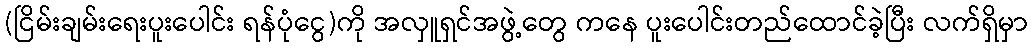
(ငြိမ်းချမ်းရေးပူးပေါင်း ရန်ပုံငွေ)ကို အလှူရှင်အဖွဲ့တွေ ကနေ ပူးပေါင်းတည်ထောင်ခဲ့ပြီး လက်ရှိမှာ